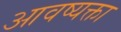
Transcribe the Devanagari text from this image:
आवष्यक्ता